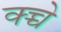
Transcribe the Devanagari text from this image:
क्च्चे